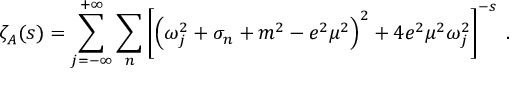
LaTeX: \zeta _ { A } ( s ) = \sum _ { j = - \infty } ^ { + \infty } \sum _ { n } \left[ \left( \omega _ { j } ^ { 2 } + \sigma _ { n } + m ^ { 2 } - e ^ { 2 } \mu ^ { 2 } \right) ^ { 2 } + 4 e ^ { 2 } \mu ^ { 2 } \omega _ { j } ^ { 2 } \right] ^ { - s } \; .